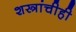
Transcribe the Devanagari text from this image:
शस्त्रांचीही